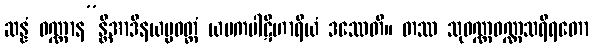
ဆန္နံ ဝဏ္ဏာန”န္တိအာဒိနယပ္ပဝတ္တံ ယမကပါဋိဟာရိယံ ဒဿေတိ။ တဿ သုဝဏ္ဏဝဏ္ဏသရီရတော